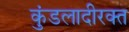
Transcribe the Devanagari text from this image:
कुंडलादीरक्त